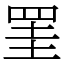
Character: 罣